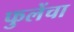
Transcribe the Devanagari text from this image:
फुलेंचा